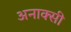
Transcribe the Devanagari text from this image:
अनाक्सी